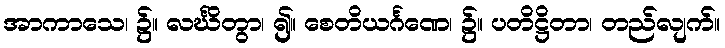
အာကာသေ၊ ၌။ လင်္ဃိတွာ၊ ၍။ စေတိယင်္ဂဏေ၊ ၌။ ပတိဋ္ဌိတာ၊ တည်လျက်။